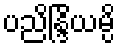
ပညိန္ဒြိယမ္ပိ